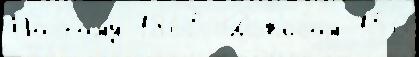
Поэ́тому 1865 Дэв'исом 156